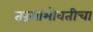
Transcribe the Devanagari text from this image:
तरंगांभोवतीचा